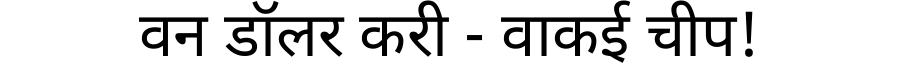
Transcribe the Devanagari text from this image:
वन डॉलर करी - वाकई चीप!